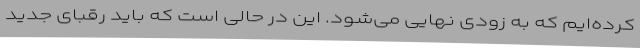
کرده‌ایم که به زودی نهایی می‌شود. این در حالی است که باید رقبای جدید